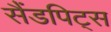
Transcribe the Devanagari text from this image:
सैंडपिट्स